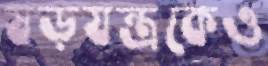
ষড়যন্ত্রকেও